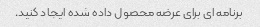
برنامه ای برای عرضه محصول داده شده ایجاد کنید.